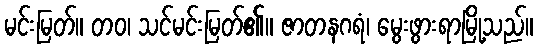
မင်းမြတ်။ တဝ၊ သင်မင်းမြတ်၏။ ဇာတနဂရံ၊ မွေးဖွားရာမြို့သည်။